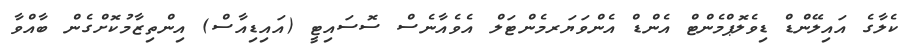
ކެލާގެ އައިލޭންޑް ޑިވެލޮޕްމެންޓް އެންޑް އެންވަޔަރމެންޓަލް އެވެއާނެސް ސޮސައިޓީ (އައިޑިއާސް) އިންތިޒާމުކޮށްގެން ބާއްވާ